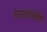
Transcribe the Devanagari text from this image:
राज्ययंत्रणेवर